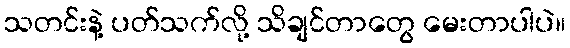
သတင်းနဲ့ ပတ်သက်လို့ သိချင်တာတွေ မေးတာပါပဲ။